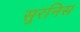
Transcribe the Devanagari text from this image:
सुरनिस